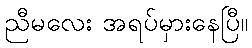
ညီမလေး အရပ်မှားနေပြီ။